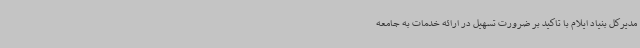
مدیرکل بنیاد ایلام با تاکید بر ضرورت تسهیل در ارائه خدمات به جامعه